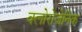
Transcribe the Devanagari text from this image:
क्लोरोजेनिक